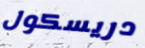
دريسكول